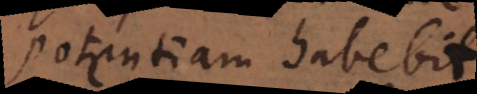
potentiam habebit.